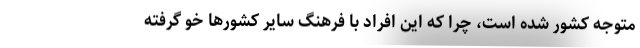
متوجه کشور شده است، چرا که این افراد با فرهنگ سایر کشورها خو گرفته